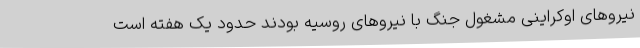
نیروهای اوکراینی مشغول جنگ با نیروهای روسیه بودند حدود یک هفته است